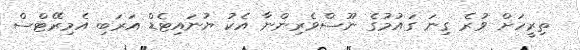
ތިރީހަށް ވުރެ ގިނަ ގައުމުގެ ނޫސްވެރިންނާ އެކު ޔުނައިޓެޑް އަރަބި އެމިރޭޓްސް